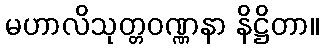
မဟာလိသုတ္တဝဏ္ဏနာ နိဋ္ဌိတာ။